Insane asylums in Bengal annual reports 1867-1875 - 1867-1875
Year: 1867
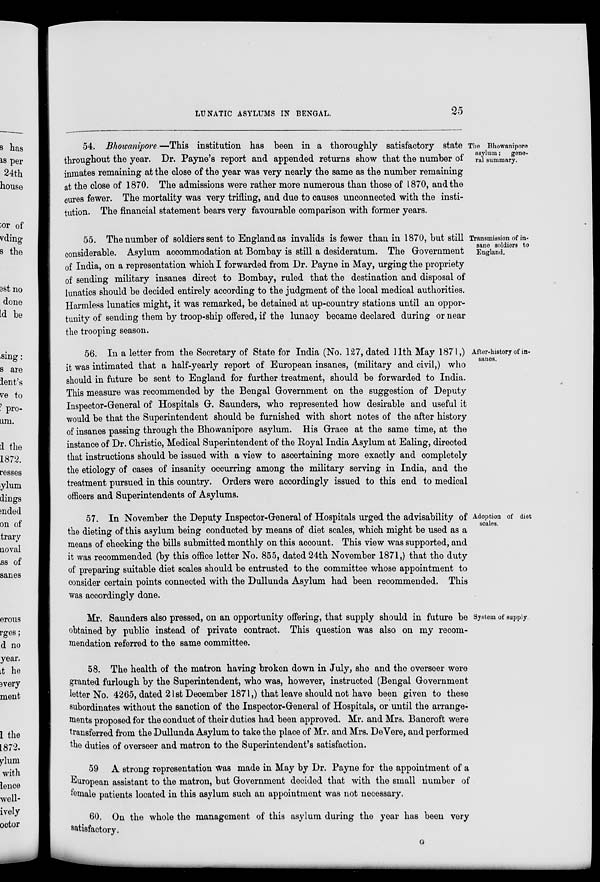
LUNATIC ASYLUMS IN BENGAL.
25
The Bhowanipore
asylum ; gene-
ral summary.
54. Bhowanipore.—This institution has been in a thoroughly satisfactory state
throughout the year. Dr. Payne's report and appended returns show that the number of
inmates remaining at the close of the year was very nearly the same as the number remaining
at the close of 1870. The admissions were rather more numerous than those of 1870, and the
cures fewer. The mortality was very trifling, and due to causes unconnected with the insti-
tution. The financial statement bears very favourable comparison with former years.
Transmission of in-
sane soldiers to
England.
55. The number of soldiers sent to England as invalids is fewer than in 1870, but still
considerable. Asylum accommodation at Bombay is still a desideratum. The Government
of India, on a representation which I forwarded from Dr. Payne in May, urging the propriety
of sending military insanes direct to Bombay, ruled that the destination and disposal of
lunatics should be decided entirely according to the judgment of the local medical authorities.
Harmless lunatics might, it was remarked, be detained at up-country stations until an oppor-
tunity of sending them by troop-ship offered, if the lunacy became declared during or near
the trooping season.
After-history of in-
sanes.
56. In a letter from the Secretary of State for India (No. 127, dated 11th May 1871,)
it was intimated that a half-yearly report of European insanes, (military and civil,) who
should in future be sent to England for further treatment, should be forwarded to India.
This measure was recommended by the Bengal Government on the suggestion of Deputy
Inspector-General of Hospitals G. Saunders, who represented how desirable and useful it
would be that the Superintendent should be furnished with short notes of the after history
of insanes passing through the Bhowanipore asylum. His Grace at the same time, at the
instance of Dr. Christie, Medical Superintendent of the Royal India Asylum at Ealing, directed
that instructions should be issued with a view to ascertaining more exactly and completely
the etiology of cases of insanity occurring among the military serving in India, and the
treatment pursued in this country. Orders were accordingly issued to this end to medical
officers and Superintendents of Asylums.
Adoption of diet
scales.
57. In November the Deputy Inspector-General of Hospitals urged the advisability of
the dieting of this asylum being conducted by means of diet scales, which might be used as a
means of checking the bills submitted monthly on this account. This view was supported, and
it was recommended (by this office letter No. 855, dated 24th November 1871,) that the duty
of preparing suitable diet scales should be entrusted to the committee whose appointment to
consider certain points connected with the Dullunda Asylum had been recommended. This
was accordingly done.
System of supply.
Mr. Saunders also pressed, on an opportunity offering, that supply should in future be
obtained by public instead of private contract. This question was also on my recom-
mendation referred to the same committee.
58. The health of the matron having broken down in July, she and the overseer were
granted furlough by the Superintendent, who was, however, instructed (Bengal Government
letter No. 4265, dated 21st December 1871,) that leave should not have been given to these
subordinates without the sanction of the Inspector-General of Hospitals, or until the arrange-
ments proposed for the conduct of their duties had been approved. Mr. and Mrs. Bancroft were
transferred from the Dullunda Asylum to take the place of Mr. and Mrs. DeVere, and performed
the duties of overseer and matron to the Superintendent's satisfaction.
59 A strong representation was made in May by Dr. Payne for the appointment of a
European assistant to the matron, but Government decided that with the small number of
female patients located in this asylum such an appointment was not necessary.
60. On the whole the management of this asylum during the year has been very
satisfactory.
G